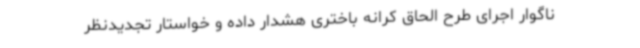
ناگوار اجرای طرح الحاق کرانه باختری هشدار داده و خواستار تجدیدنظر